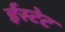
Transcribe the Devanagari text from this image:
ईस्टेट